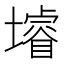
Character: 龼